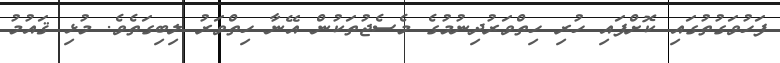
ފަހުވަގުތުގައި ކޮށްފައި ހުރި ހިތްވަރުދިނުމުގެ މެސެޖުތަކުން އޭނާ ހިތްވަރު ލިބިގަތެވެ. މުޅި ޤައުމު